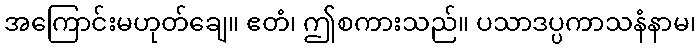
အကြောင်းမဟုတ်ချေ။ ဧတံ၊ ဤစကားသည်။ ပသာဒပ္ပကာသနံနာမ၊